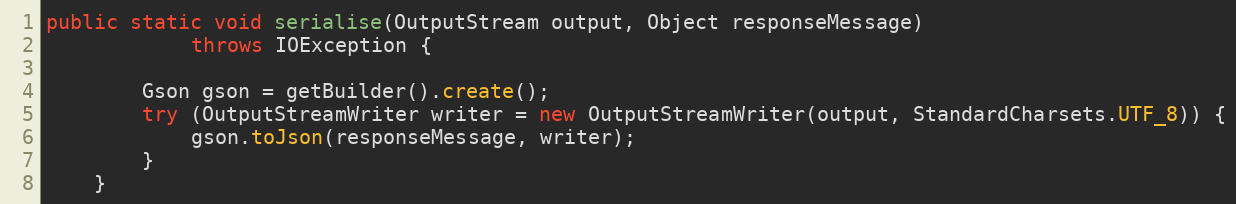
Language: Java
public static void serialise(OutputStream output, Object responseMessage)
            throws IOException {

        Gson gson = getBuilder().create();
        try (OutputStreamWriter writer = new OutputStreamWriter(output, StandardCharsets.UTF_8)) {
            gson.toJson(responseMessage, writer);
        }
    }